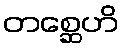
တစ္ဆေဟိ